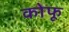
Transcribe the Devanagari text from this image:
कोफू